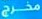
مخرج